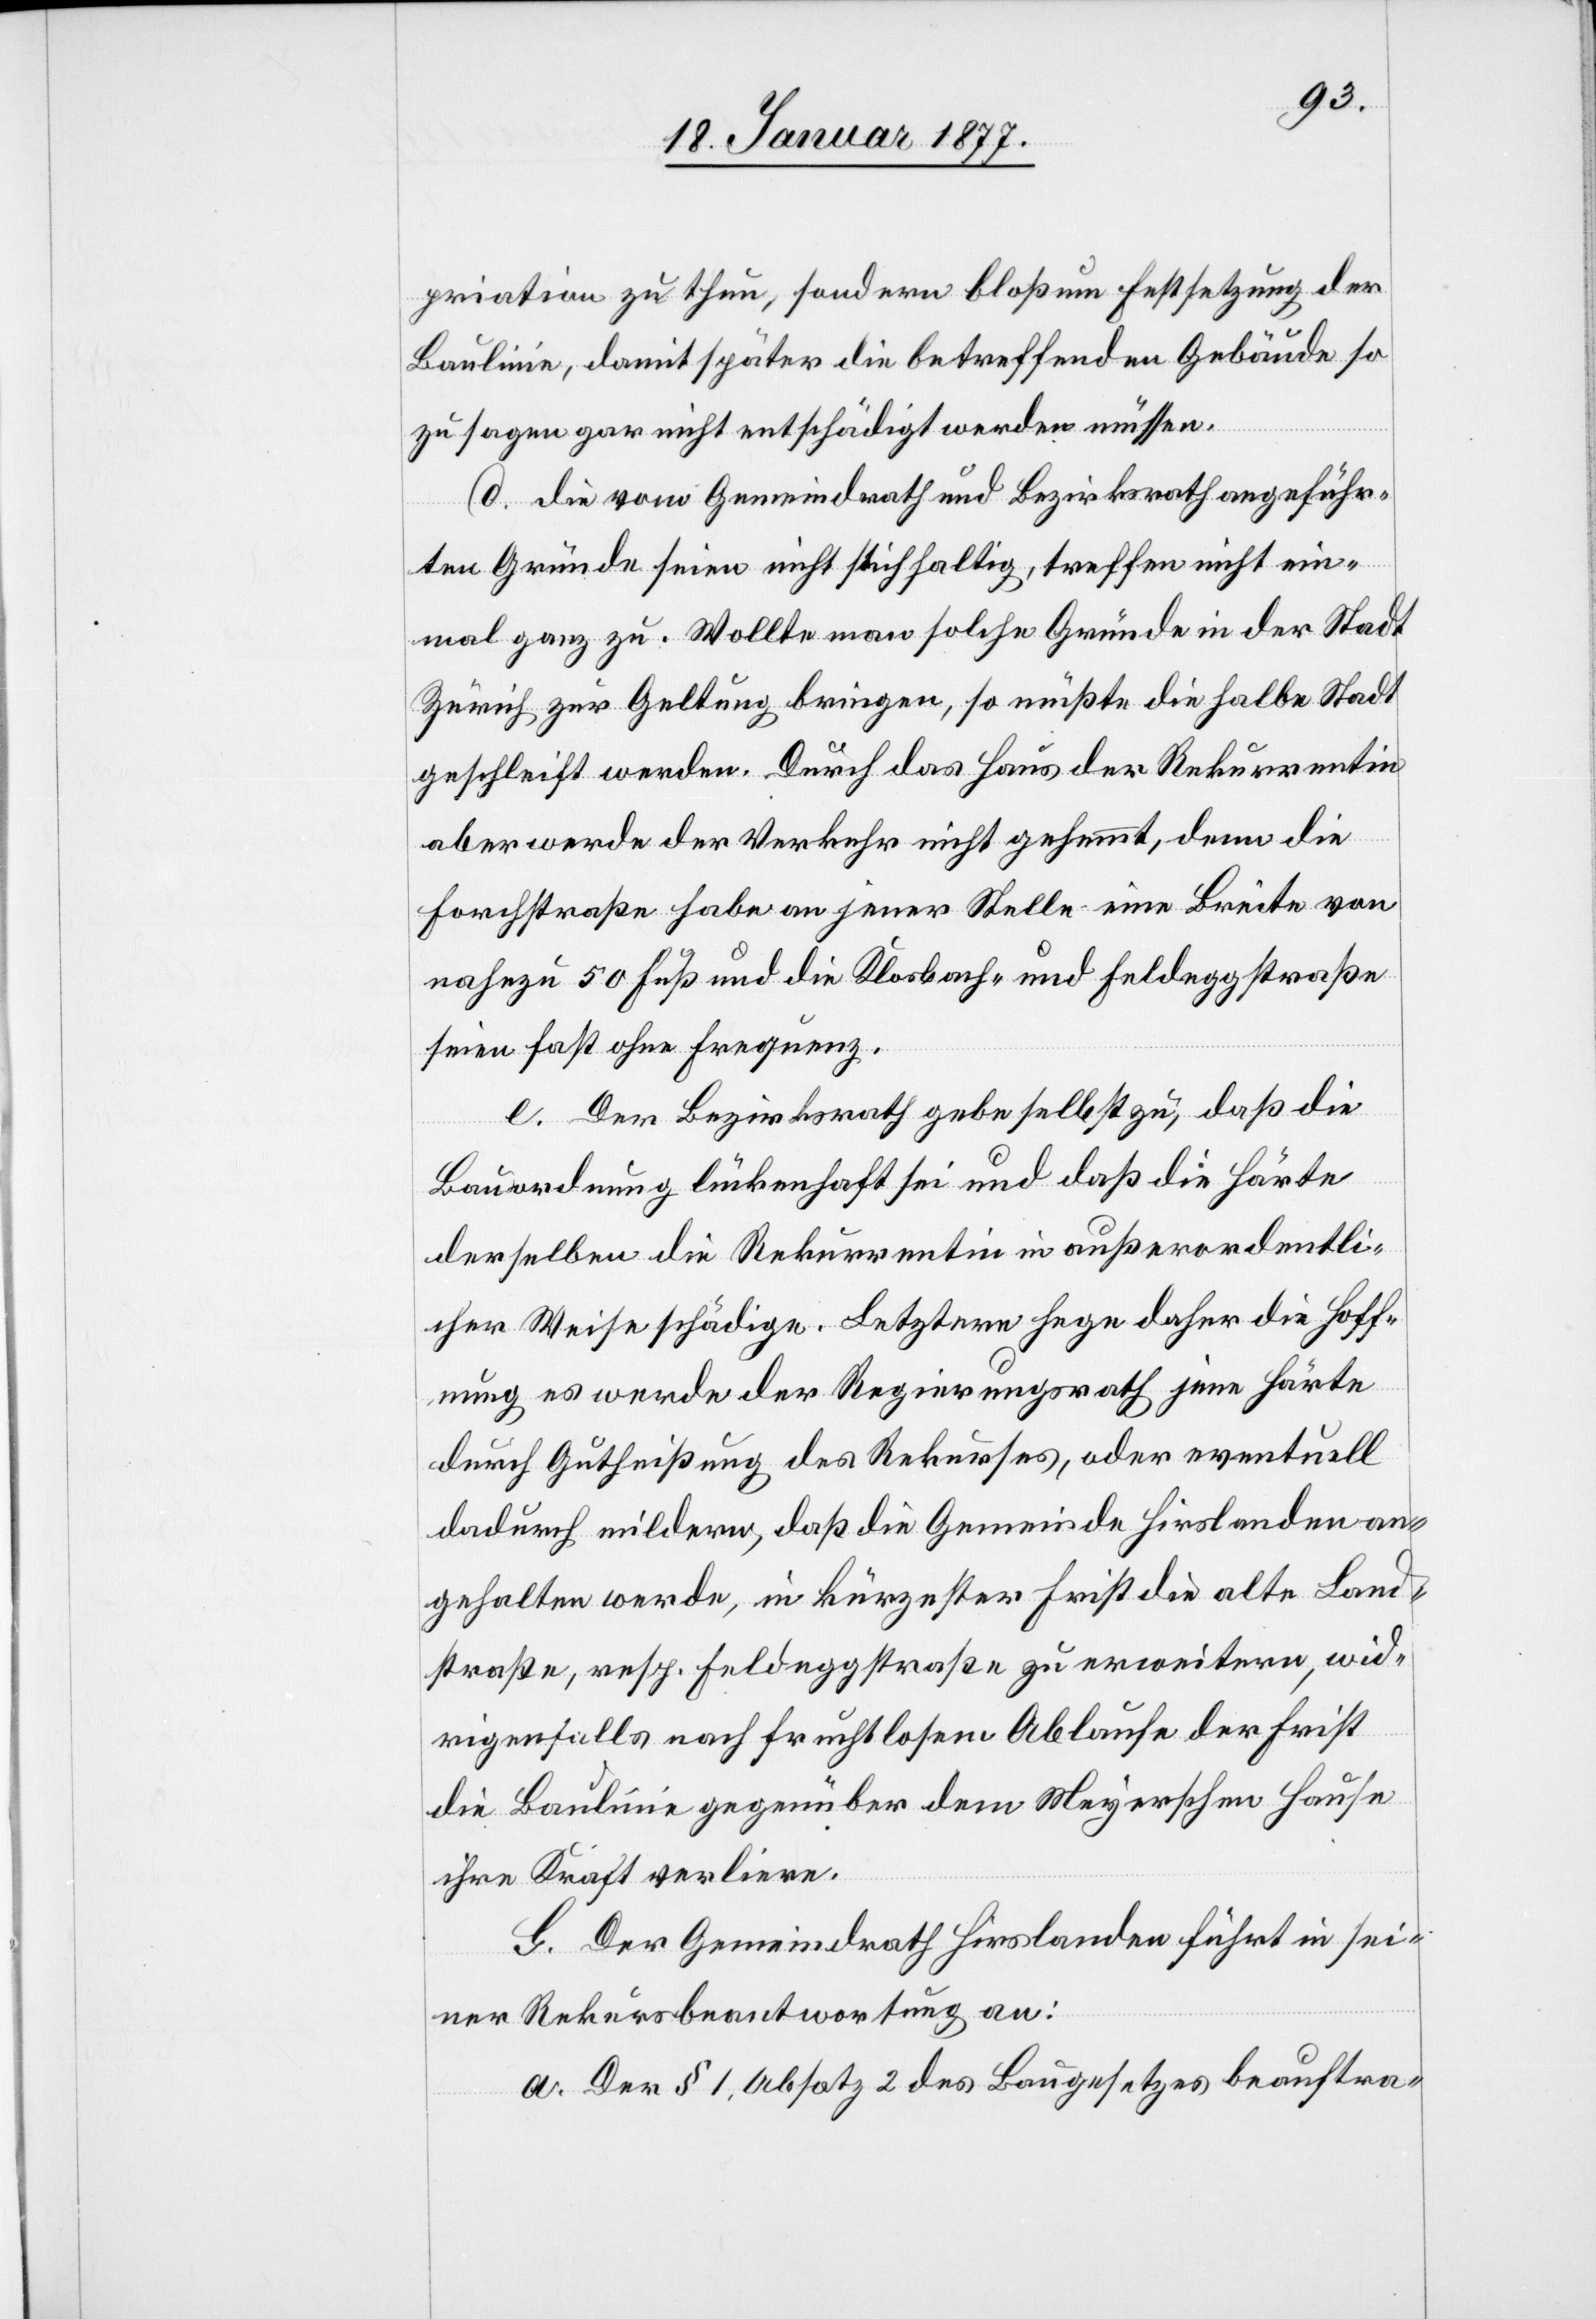
priation zu thun, sondern bloß um Festsetzung der
Baulinie, damit später die betreffenden Gebäude so
zu sagen gar nicht entschädigt werden müssen.
d. Die vom Gemeindrath und Bezirksrath angeführ¬
ten Gründe seien nicht stichhaltig, treffen nicht ein¬
mal ganz zu. Wollte man solche Gründe in der Stadt
Zürich zu Geltung bringen, so müßte die halbe Stadt
geschleift werden. Durch das Haus der Rekurrentin
aber werde der Verkehr nicht gehemmt, denn die
Forchstraße habe an jener Stelle eine Breite von
nahezu 50 Fuß und die Klosbach- und Feldeggstraße
seien fast ohne Frequenz.
e. Der Bezirksrath gebe selbst zu, daß die
Bauordnung lückenhaft sei und daß die Härte
derselben die Rekurrentin in außerordentli¬
cher Weise schädige. Letztere hege daher die Hoff¬
nung es werde der Regierungsrath jene Härte
durch Gutheißung des Rekurses, oder eventuell
dadurch mildern, daß die Gemeinde Hirslanden an¬
gehalten werde, in kürzester Frist die alte Land¬
straße, resp. Feldeggstraße zu erweitern, wid¬
rigenfalls nach fruchtlosem Ablaufe der Frist
die Baulinie gegenüber dem Meyerschen Hause
ihre Kraft verliere.
G. Der Gemeindrath Hirslanden führt in sei¬
ner Rekursbeantwortung an:
a. Der § 1, Absatz 2 des Baugesetzes beauftra-